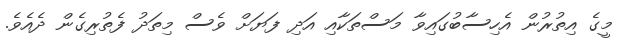
މީގެ އިތުރުން އެހިސާބުގައިވާ މަސްތަކާއި އަދި ފަޔަށް ވެސް މިތަދު ފެތުރިގެން ދެއެވެ.